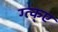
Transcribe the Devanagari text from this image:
ग्त्क्ए